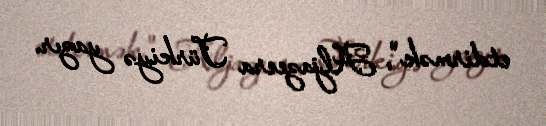
etdirmək", Aljazeera Türkiyə yazır.